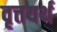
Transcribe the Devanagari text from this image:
वृत्तयर्थ